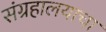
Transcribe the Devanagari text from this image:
संग्रहालयाचा